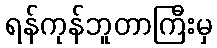
ရန်ကုန်ဘူတာကြီးမှ